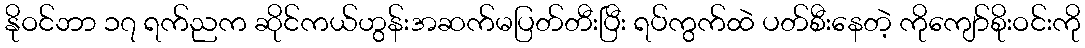
နိုဝင်ဘာ ၁၇ ရက်ညက ဆိုင်ကယ်ဟွန်းအဆက်မပြတ်တီးပြီး ရပ်ကွက်ထဲ ပတ်စီးနေတဲ့ ကိုကျော်စိုးဝင်းကို